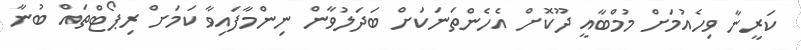
ކަރީނާ ވިހެއުމަށް މުމްބާއީ ދޫކޮށް އެހެންތަނަކަށް ބަދަލުވާން ނިންމާފައިވާ ކަމަށް ރިޕޯޓްތައް ބުނާ